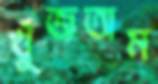
খুঁজতাম